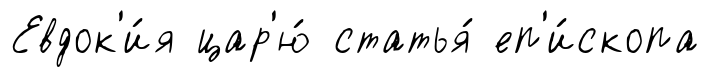
Евдок'и́я цар'ю́ статья́ еп'и́скопа